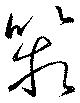
箱